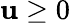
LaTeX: \mathbf{u}\ge0